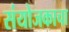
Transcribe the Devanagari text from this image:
संयोजकाचा